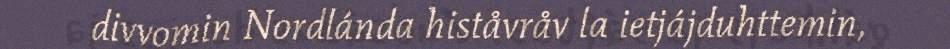
divvomin Nordlánda histåvråv la ietjájduhttemin,